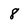
Character: 8